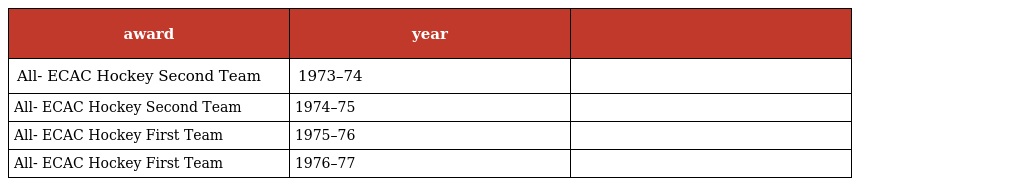
| award | year |  |
 | --- | --- | --- |
 | All- ECAC Hockey Second Team | 1973–74 |  |
 | All- ECAC Hockey Second Team | 1974–75 |  |
 | All- ECAC Hockey First Team | 1975–76 |  |
 | All- ECAC Hockey First Team | 1976–77 |  |